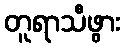
တူရာသီဖွား